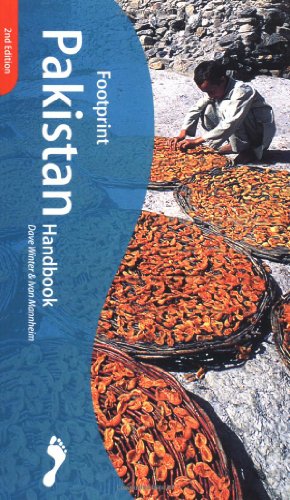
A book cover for Footprint Pakistan Handbook; Ivan Mannheim; Travel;